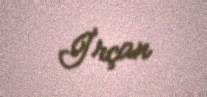
İrçan